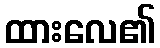
ထားလေ၏